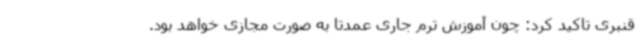
قنبری تاکید کرد: چون آموزش ترم جاری عمدتا به صورت مجازی خواهد بود.